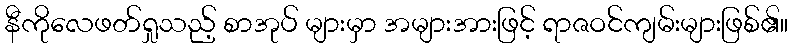
နီကိုလေဖတ်ရှုသည့် စာအုပ် များမှာ အများအားဖြင့် ရာဇဝင်ကျမ်းများဖြစ်၏။